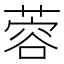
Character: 蓉